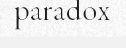
paradox